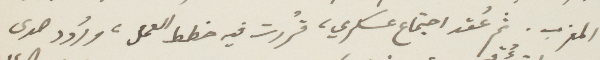
المغرب. ثمّ عُقد اجتماع عسكري، قُررت فيه خطط العمل، ردود صدى